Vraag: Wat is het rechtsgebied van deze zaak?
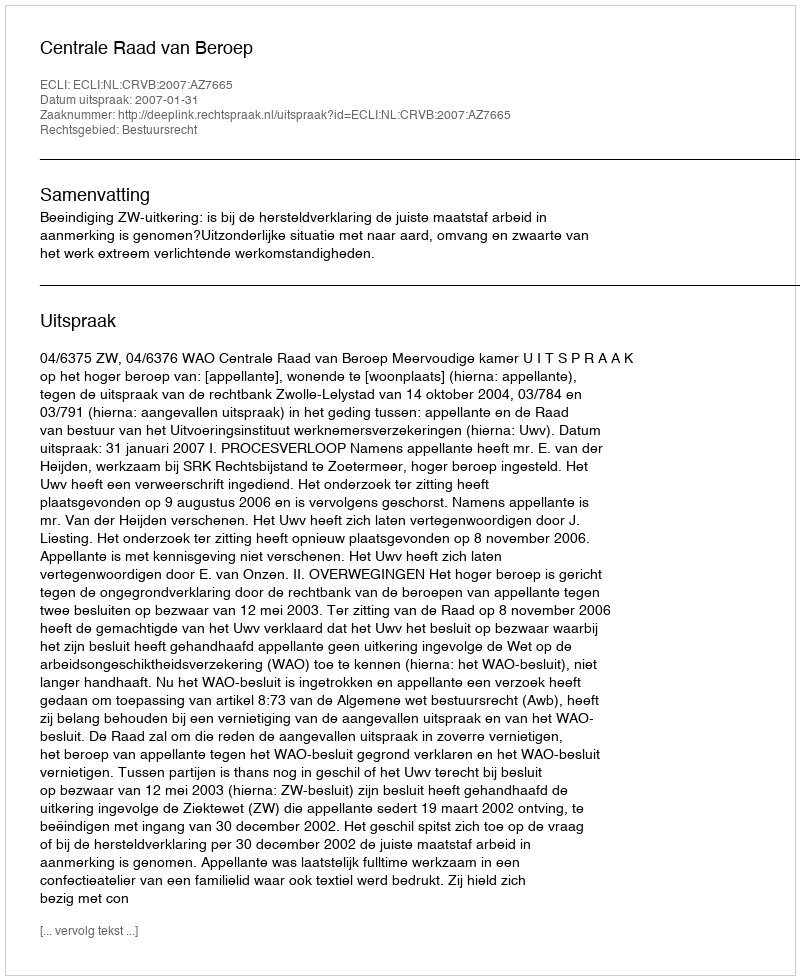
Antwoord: Bestuursrecht